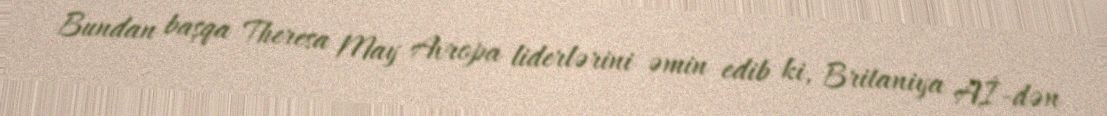
Bundan başqa Theresa May Avropa liderlərini əmin edib ki, Britaniya Aİ-dən